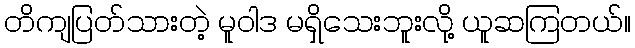
တိကျပြတ်သားတဲ့ မူဝါဒ မရှိသေးဘူးလို့ ယူဆကြတယ်။